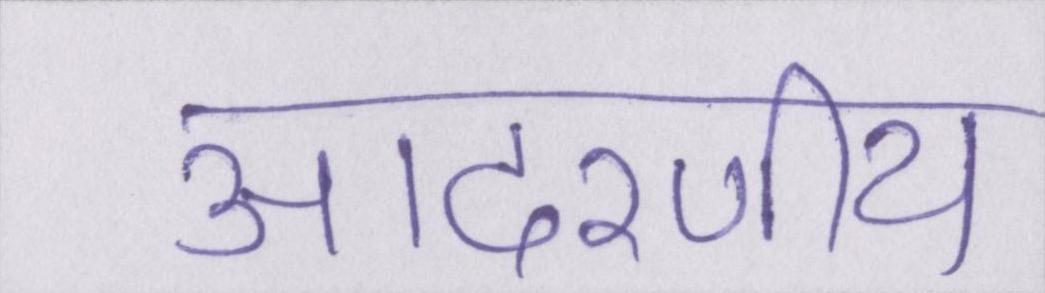
आदरणीय